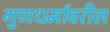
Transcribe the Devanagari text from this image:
गुणधर्मावरील